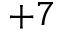
+ 7